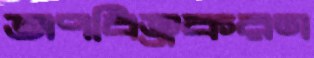
অপবিত্রকরণ